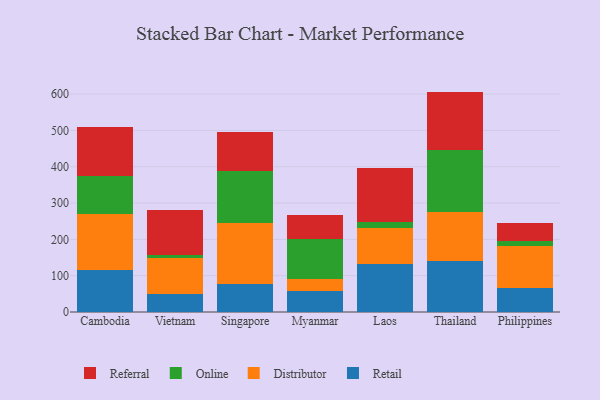
{"axis": {"x": "Country", "y": "Latency (ms)"}, "legend": ["Distributor", "Online", "Referral", "Retail"], "data": [{"x": "Cambodia", "y": 116.7, "type": "Retail"}, {"x": "Cambodia", "y": 152.1, "type": "Distributor"}, {"x": "Cambodia", "y": 106.5, "type": "Online"}, {"x": "Cambodia", "y": 133.0, "type": "Referral"}, {"x": "Vietnam", "y": 50.7, "type": "Retail"}, {"x": "Vietnam", "y": 97.9, "type": "Distributor"}, {"x": "Vietnam", "y": 8.4, "type": "Online"}, {"x": "Vietnam", "y": 123.5, "type": "Referral"}, {"x": "Singapore", "y": 75.8, "type": "Retail"}, {"x": "Singapore", "y": 169.1, "type": "Distributor"}, {"x": "Singapore", "y": 143.3, "type": "Online"}, {"x": "Singapore", "y": 107.6, "type": "Referral"}, {"x": "Myanmar", "y": 57.7, "type": "Retail"}, {"x": "Myanmar", "y": 32.9, "type": "Distributor"}, {"x": "Myanmar", "y": 110.7, "type": "Online"}, {"x": "Myanmar", "y": 66.1, "type": "Referral"}, {"x": "Laos", "y": 132.8, "type": "Retail"}, {"x": "Laos", "y": 97.3, "type": "Distributor"}, {"x": "Laos", "y": 17.2, "type": "Online"}, {"x": "Laos", "y": 148.6, "type": "Referral"}, {"x": "Thailand", "y": 139.9, "type": "Retail"}, {"x": "Thailand", "y": 134.7, "type": "Distributor"}, {"x": "Thailand", "y": 172.7, "type": "Online"}, {"x": "Thailand", "y": 159.7, "type": "Referral"}, {"x": "Philippines", "y": 65.4, "type": "Retail"}, {"x": "Philippines", "y": 115.7, "type": "Distributor"}, {"x": "Philippines", "y": 14.5, "type": "Online"}, {"x": "Philippines", "y": 49.6, "type": "Referral"}]}